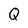
Character: Q